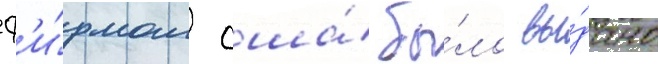
ф'и́рмам сша́ бы́ло вы́дано